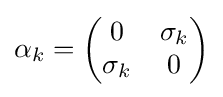
{\mathsf {\alpha }}_{k}={\begin{pmatrix}0&{\mathsf {\sigma }}_{k}\\{\mathsf {\sigma }}_{k}&0\end{pmatrix}}